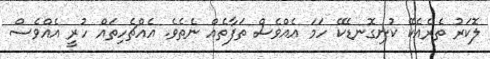
ލޮކަރު ތެރެއެކޭ ކުނިގޮނޑެކޭ ހަމަ އެއްވެސް ތަފާތެއް ނެތެވެ. އެއްޗެހިތައް ހުރީ އެއްވެސް